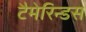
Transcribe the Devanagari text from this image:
टैमेरिन्डस